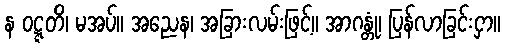
န ဝဋ္ဋတိ၊ မအပ်။ အညေန၊ အခြားလမ်းဖြင့်။ အာဂန္တုံ၊ ပြန်လာခြင်းငှာ။